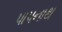
પાપનાથ